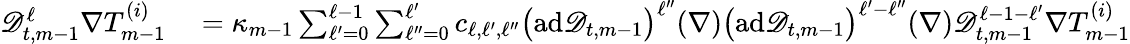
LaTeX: \begin{array}{rl}{\mathscr{D}_{t,m-1}^{\ell}\nabla T_{m-1}^{(i)}}&{{}=\kappa_{m-1}\sum_{\ell^{\prime}=0}^{\ell-1}\sum_{\ell^{\prime\prime}=0}^{\ell^{\prime}}c_{\ell,\ell^{\prime},\ell^{\prime\prime}}\bigl(\mathrm{ad}\mathscr{D}_{t,m-1}\bigr)^{\ell^{\prime\prime}}(\nabla)\bigl(\mathrm{ad}\mathscr{D}_{t,m-1}\bigr)^{\ell^{\prime}-\ell^{\prime\prime}}(\nabla)\mathscr{D}_{t,m-1}^{\ell-1-\ell^{\prime}}\nabla T_{m-1}^{(i)}}\end{array}